65_HS1-834228961_62-HQ-83894_Section_5
Agency: FBI
Page 136
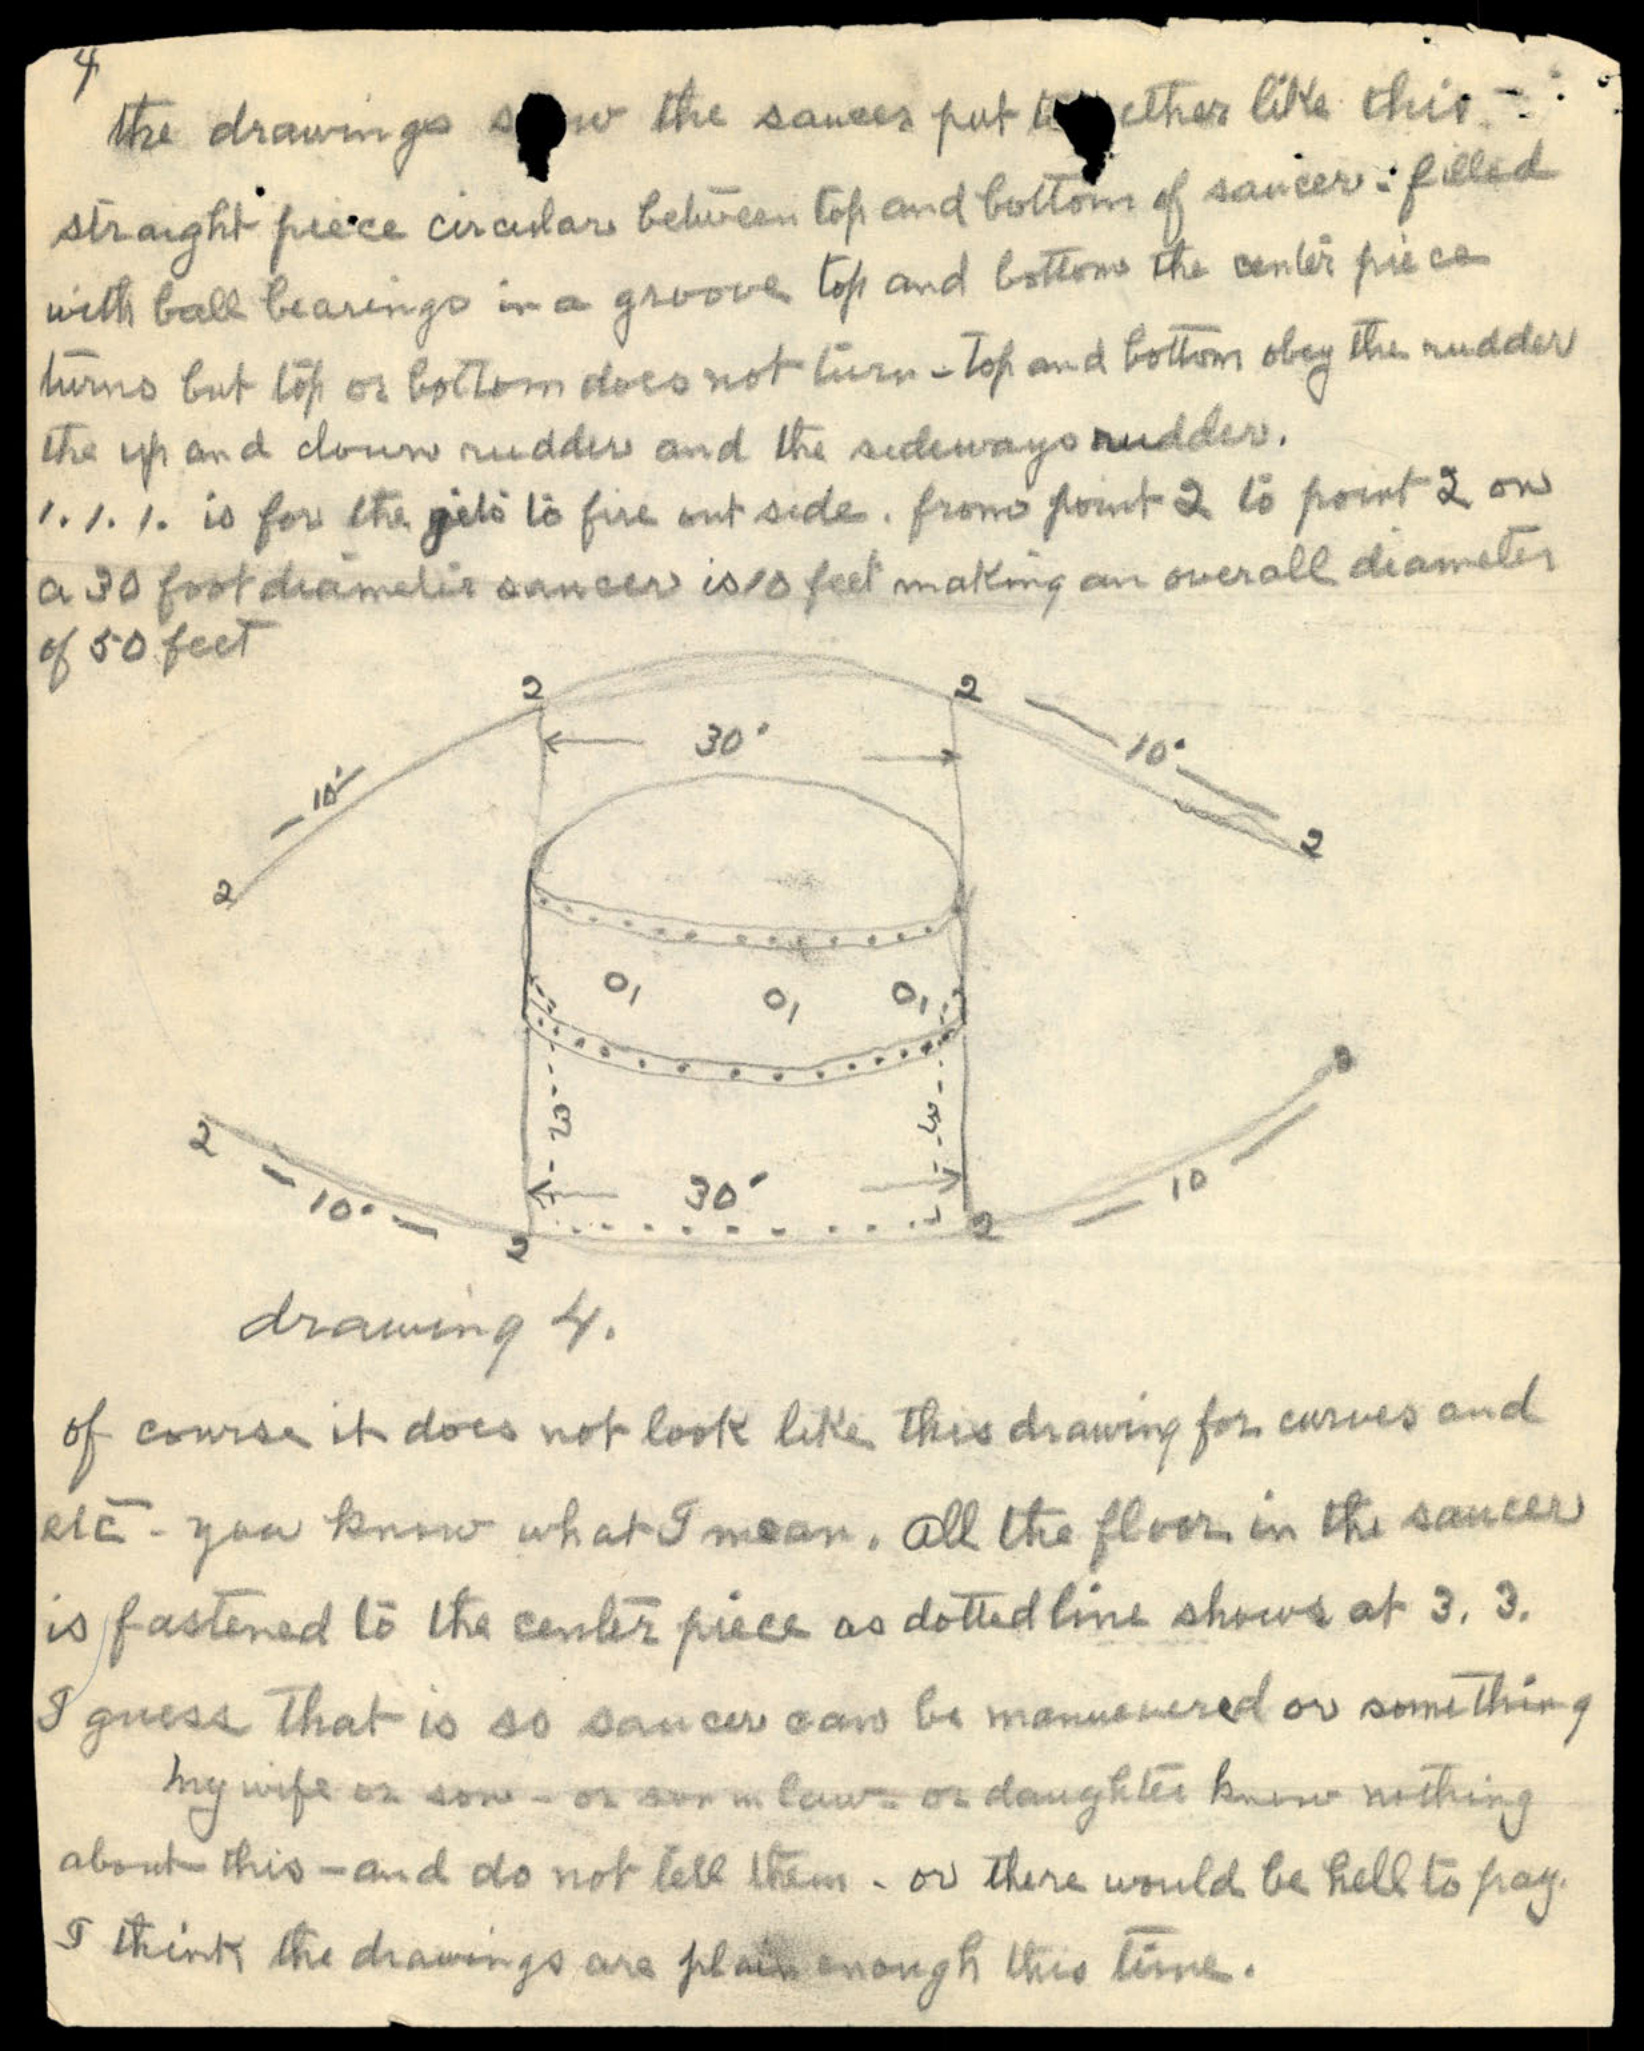